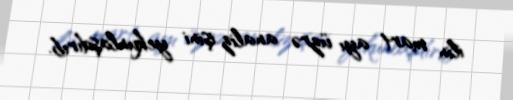
ilin mart ayı üzrə analiz işini yekunlaşdırıb.